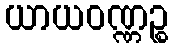
ယာယဝဏ္ဏဉ္စ